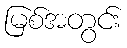
မြစ်အတွင်း